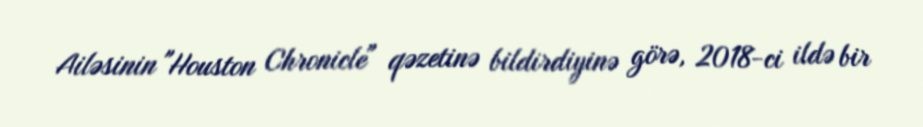
Ailəsinin "Houston Chronicle" qəzetinə bildirdiyinə görə, 2018-ci ildə bir